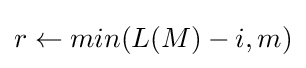
r\leftarrow min(L(M)-i,m)